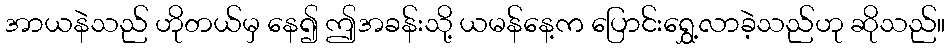
အာယနဲသည် ဟိုတယ်မှ နေ၍ ဤအခန်းသို့ ယမန်နေ့က ပြောင်းရွှေ့လာခဲ့သည်ဟု ဆိုသည်။